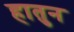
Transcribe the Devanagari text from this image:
हातुन